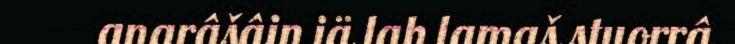
anarâšâin iä lah lamaš stuorrâ